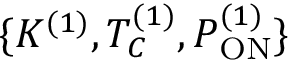
\{ K ^ { ( 1 ) } , T _ { C } ^ { ( 1 ) } , P _ { \mathrm { O N } } ^ { ( 1 ) } \}